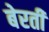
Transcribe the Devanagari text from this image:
बेरती